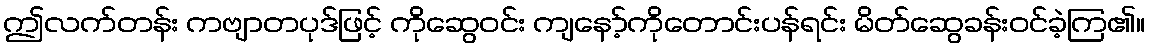
ဤလက်တန်း ကဗျာတပုဒ်ဖြင့် ကိုဆွေဝင်း ကျနော့်ကိုတောင်းပန်ရင်း မိတ်ဆွေခန်းဝင်ခဲ့ကြ၏။